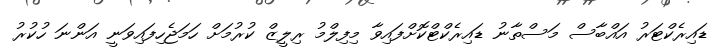
ޑައިރެކްޓަރު އައްބާސް މަސްތާނު ޑައިރެކްޓްކޮށްފައިވާ މިފިލްމު ރިލީޒް ކުރުމަށް ހަމަޖެހިފައިވަނީ އަންނަ ހުކުރު